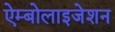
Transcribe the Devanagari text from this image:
ऐम्बोलाइजेशन